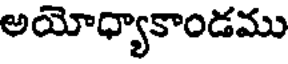
అయోధ్యాకాండము